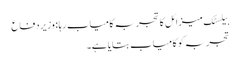
بیلسٹک میزائل کا تجربہ کامیاب رہا : وزیر دفاع
تجربہ کو کامیاب بتایا ہے۔